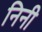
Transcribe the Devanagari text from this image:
निनी